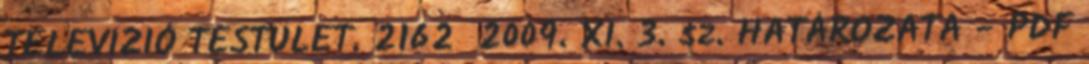
TELEVÍZIÓ TESTÜLET. 2162 2009. XI. 3. sz. HATÁROZATA - PDF